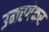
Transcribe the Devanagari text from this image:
उमरगेकर